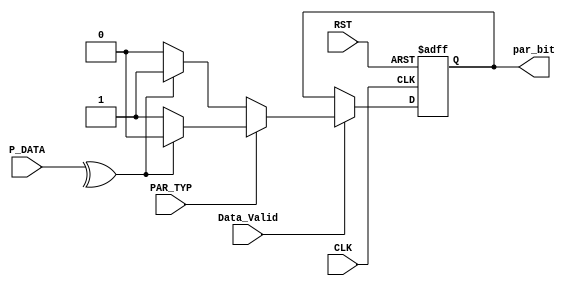
module parity_calc 
(
input wire [7:0] P_DATA,
input wire PAR_TYP,
input wire Data_Valid,
input wire CLK,RST,
output reg par_bit 
);
wire temp;
always@(posedge CLK or negedge RST)
 begin
	if (!RST)
		par_bit <= 1'b0;
	else if (Data_Valid)
		begin
			if (PAR_TYP)
				begin
					if(temp)
						par_bit <= 1'b0;
					else
						par_bit <= 1'b1;
				end
			else
				begin
					if(temp)
						par_bit <= 1'b1;
					else
						par_bit <= 1'b0;
				end
					
		end	
 end
		
assign temp = ^P_DATA;
endmodule